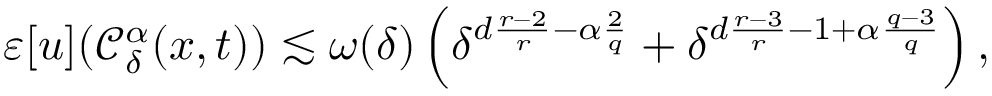
\varepsilon [ u ] ( \mathcal { C } _ { \delta } ^ { \alpha } ( x , t ) ) \lesssim \omega ( \delta ) \left( \delta ^ { d \frac { r - 2 } { r } - \alpha \frac { 2 } { q } } + \delta ^ { d \frac { r - 3 } { r } - 1 + \alpha \frac { q - 3 } { q } } \right) ,